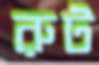
রুট